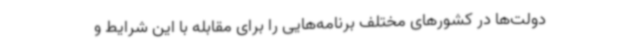
دولت‌ها در کشورهای مختلف برنامه‌هایی را برای مقابله با این شرایط و